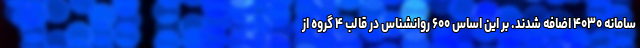
سامانه ۴۰۳۰ اضافه شدند. بر این اساس ۶۰۰ روانشناس در قالب ۴ گروه از